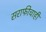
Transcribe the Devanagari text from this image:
सराफीचाही